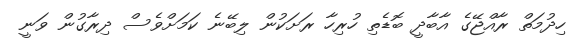
ހިދުމަތް ރާއްޖޭގެ އާބާދީ ބޮޑެތި ހުރިހާ ރަށަކުން ލިބޭނެ ކަމަށްވެސް ދިރާގުން ވަނީ